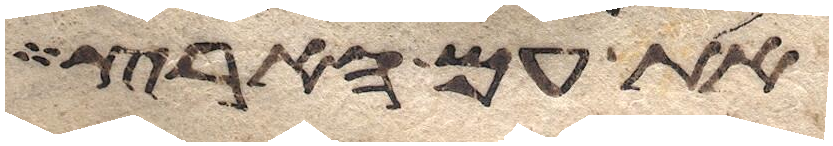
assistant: את עם הארץ